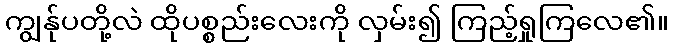
ကျွန်ုပတို့လဲ ထိုပစ္စည်းလေးကို လှမ်း၍ ကြည့်ရှုကြလေ၏။